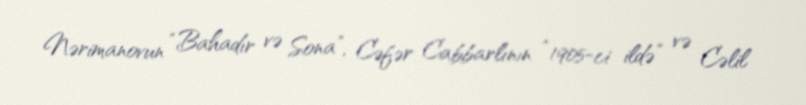
Nərimanovun “Bahadır və Sona”, Cəfər Cabbarlının “1905-ci ildə” və Cəlil